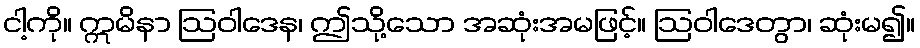
ငါ့ကို။ ဣမိနာ ဩဝါဒေန၊ ဤသို့သော အဆုံးအမဖြင့်။ ဩဝါဒေတွာ၊ ဆုံးမ၍။